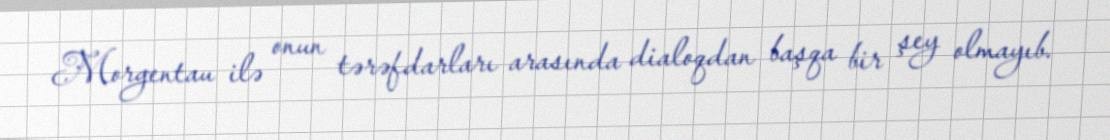
Morgentau ilə onun tərəfdarları arasında dialoqdan başqa bir şey olmayıb.